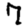
Digit: 7